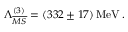
\Lambda _ { \overline { { M S } } } ^ { ( 3 ) } = ( 3 3 2 \pm 1 7 ) \, \mathrm { { { M e V } \, . } }